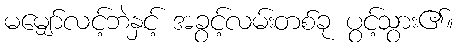
မမျှော်လင့်ဘဲနှင့် အခွင့်လမ်းတစ်ခု ပွင့်သွား၏။